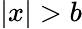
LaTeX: |x|>b